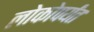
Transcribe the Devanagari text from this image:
लोकोपर्यंत